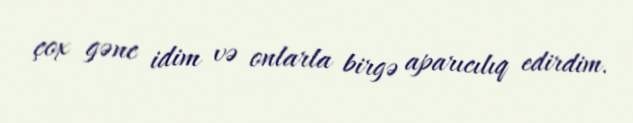
çox gənc idim və onlarla birgə aparıcılıq edirdim.